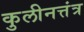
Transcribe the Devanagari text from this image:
कुलीनत्तंत्र